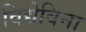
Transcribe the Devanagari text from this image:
विद्येविना